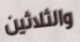
والثلاثين